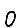
Digit: 0